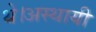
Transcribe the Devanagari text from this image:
थे।अस्थायी